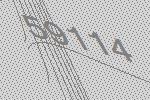
59114